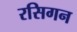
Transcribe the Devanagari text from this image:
रसिगन